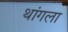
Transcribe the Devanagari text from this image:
थांगला